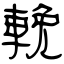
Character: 輓